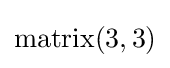
\mathrm {matrix} (3,3)